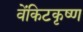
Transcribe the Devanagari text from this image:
वेंकिटकृष्ण